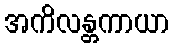
အကိလန္တကာယာ